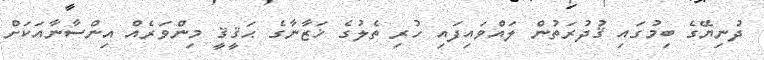
ދުނިޔޭގެ ބިމުގައި ޤުދުރަތުން ލައްވައިފައި ހުރި ތެލުގެ ޚަޒާނާގެ ޙަޤީޤީ މިންވަރެއް އިންސާނާއަކަށް